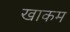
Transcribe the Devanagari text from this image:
खाकम